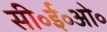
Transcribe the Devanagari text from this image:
सी॰ई॰ओ॰